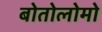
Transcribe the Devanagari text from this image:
बोतोलोमो